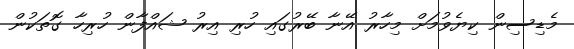
މެޑިސިން ކިޔެވުމަށް މިހާރު އޭނާ ބޭރުގައި ހުރި އިރު ޝައްފާން ހުރިހާ ގޮތަކުން